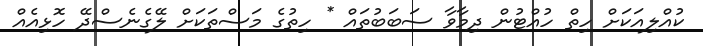
ކުއްލިއަކަށް ހިތް ހުއްޓުން ދިމާވާ ސަބަބުތައް * ހިތުގެ މަސްތަކަށް ލޭގެނެސްދޭ ހޮޅިއެއް